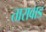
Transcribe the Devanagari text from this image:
तारावाड